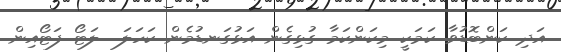
އަދި ކަންބޮޑުވާ ކަމަކީ މިކަންކަމާ ގުޅިގެން އަޅުގަނޑުމެން ކަހަލަ  ލަޓޯ ފަޓޯއިން